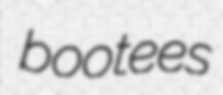
bootees